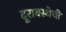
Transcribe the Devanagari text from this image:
दूरावस्थेची